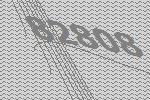
82808